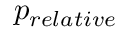
p _ { r e l a t i v e }